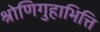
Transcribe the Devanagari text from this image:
श्रोणिगुहाभित्ति